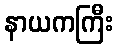
နာယကကြီး